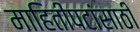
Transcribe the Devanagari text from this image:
माहितीपटांसाठी